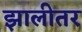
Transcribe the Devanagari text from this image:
झालीतर